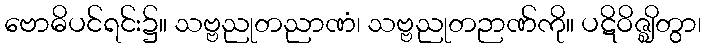
ဗောဓိပင်ရင်း၌။ သဗ္ဗညုတညာဏံ၊ သဗ္ဗညုတဉာဏ်ကို။ ပဋိဝိဇ္ဈိတွာ၊